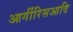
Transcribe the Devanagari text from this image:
आर्गीरिसआदि